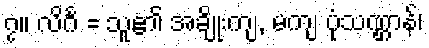
၇။ လိင်္ဂ = သူ၏ အချိုးကျ, မကျ ပုံသဏ္ဌာန်၊